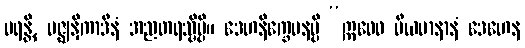
မရန္တိ, မဇ္ဈနှိကာဒီနံ အညတရသ္မိမ္ပိ။ ဒေဟနိက္ခေပနမ္ပိ “ဣဓေဝ မီယမာနာနံ ဒေဟေန